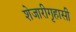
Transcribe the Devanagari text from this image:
शेजारीगृहासी